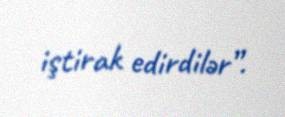
iştirak edirdilər”.